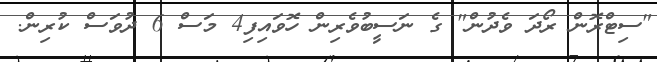
"ސިޓްރޮން ރޯދަ ވެދުން" ގެ ނަސީބުވެރިން ހޮވައިފި4 މަސް 6 ދުވަސް ކުރިން.